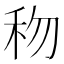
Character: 𥝤